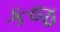
કજ